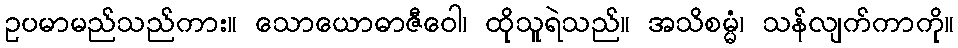
ဥပမာမည်သည်ကား။ သောယောဓာဇီဝေါ၊ ထိုသူရဲသည်။ အသိစမ္မံ၊ သန်လျက်ကာကို။